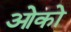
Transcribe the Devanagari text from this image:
ओको